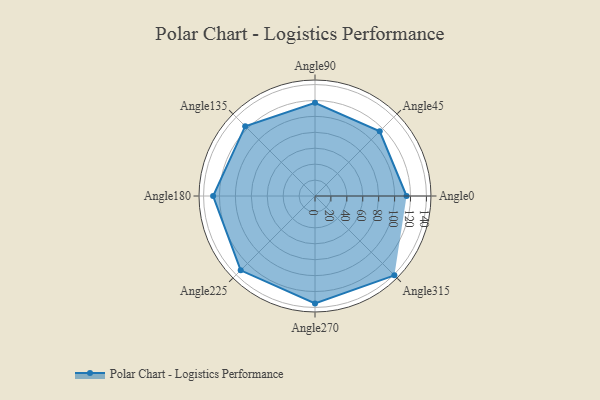
{"axis": {"x": "Angle", "y": "Radius"}, "legend": [""], "data": [{"x": "Angle0", "y": 115.0, "type": ""}, {"x": "Angle45", "y": 115.0, "type": ""}, {"x": "Angle90", "y": 117.0, "type": ""}, {"x": "Angle135", "y": 124.0, "type": ""}, {"x": "Angle180", "y": 128.0, "type": ""}, {"x": "Angle225", "y": 132.0, "type": ""}, {"x": "Angle270", "y": 135.0, "type": ""}, {"x": "Angle315", "y": 141.0, "type": ""}]}